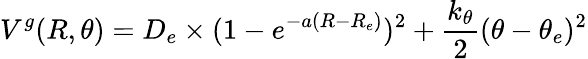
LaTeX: V^{g}(R,\theta)=D_{e}\times(1-e^{-a(R-R_{e})})^{2}+\frac{k_{\theta}}{2}(\theta-\theta_{e})^{2}